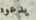
يدعوه